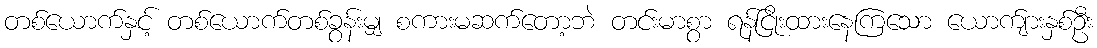
တစ်ယောက်နှင့် တစ်ယောက်တစ်ခွန်းမျှ စကားမဆက်တော့ဘဲ တင်းမာစွာ ရန်ငြိုးထားနေကြသော ယောက်ျားနှစ်ဦး